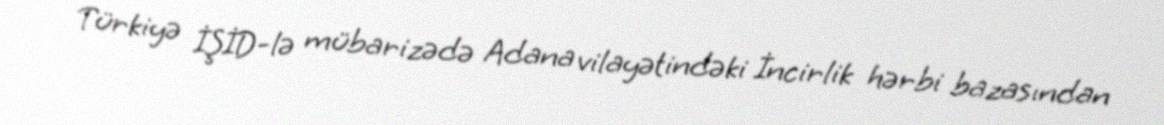
Türkiyə İŞİD-lə mübarizədə Adana vilayətindəki İncirlik hərbi bazasından